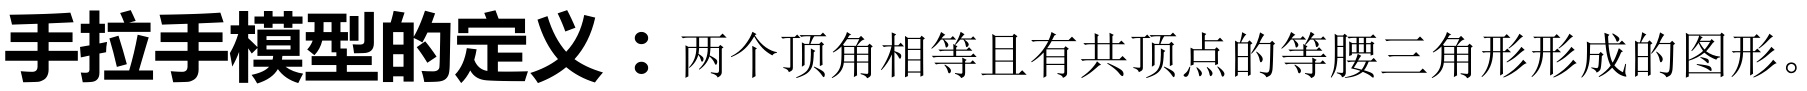
手拉手模型的定义：两个顶角相等且有共顶点的等腰三角形形成的图形。